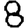
Digit: 8